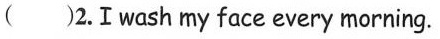
( ) 2.Ⅰ wash my face every morning.